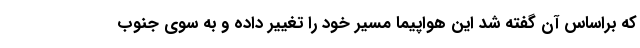
که براساس آن گفته شد این هواپیما مسیر خود را تغییر داده و به سوی جنوب